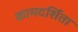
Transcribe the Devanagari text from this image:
कामदर्शिता